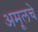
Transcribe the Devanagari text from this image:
अमूलचे